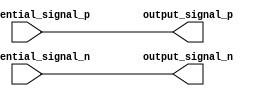
module io_buffer (
    input  wire          differential_signal_p,
    input  wire          differential_signal_n,
    output reg           output_signal_p,
    output reg           output_signal_n
);
  
assign output_signal_p = differential_signal_p; // Receive differential signal
assign output_signal_n = differential_signal_n;

// Perform level shifting, amplification, termination, and additional features as needed

endmodule